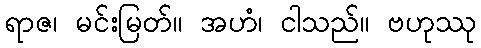
ရာဇ၊ မင်းမြတ်။ အဟံ၊ ငါသည်။ ဗဟုဿု